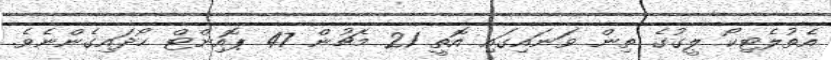
އެތުލެޓިކޯ ލީގުގެ ތިން ވަނައިގައި އޮތީ 21 މެޗުން 47 ޕޮއިންޓް ހޯދައިގެންނެވެ.